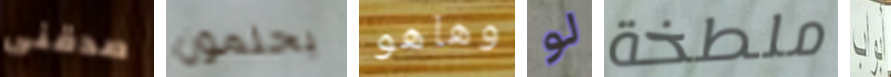
صدقنى يحلمون وهاهو لو ملطخة أبواب